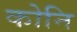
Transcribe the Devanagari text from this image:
कोनि